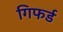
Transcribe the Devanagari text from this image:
गिफर्ड